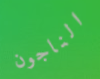
الناجون